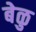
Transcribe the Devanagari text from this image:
बेळु